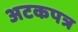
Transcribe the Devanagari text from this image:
अटकपत्र